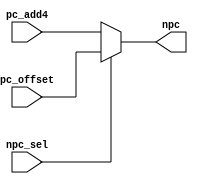

//////////////////////////////////////////////////////////////////////////////////
// Company: 
// Engineer: 
// 
// Design Name: 
// Module Name: NPCMUX
// Project Name: 
// Target Devices: 
// Tool Versions: 
// Description: 
// 
// Dependencies: 
// 
// Revision:
// Revision 0.01 - File Created
// Additional Comments:
// 
//////////////////////////////////////////////////////////////////////////////////


module NPC_MUX(
    input           [31:0]          pc_add4,
    input           [31:0]          pc_offset,
    input           [ 0:0]          npc_sel,

    output          [31:0]          npc
    );
    //npc_sel1pc_offset0pc_add4
    //BRANCH.v
    assign npc = npc_sel?pc_offset:pc_add4;
endmodule